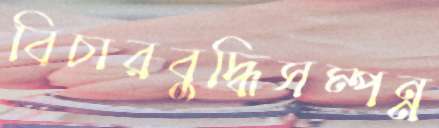
বিচারবুদ্ধিসম্পন্ন